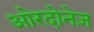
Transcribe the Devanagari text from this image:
ओरदोनेज़